Civil Veterinary Department. United Provinces 1932-42 - 1932-1942
Year: 1932
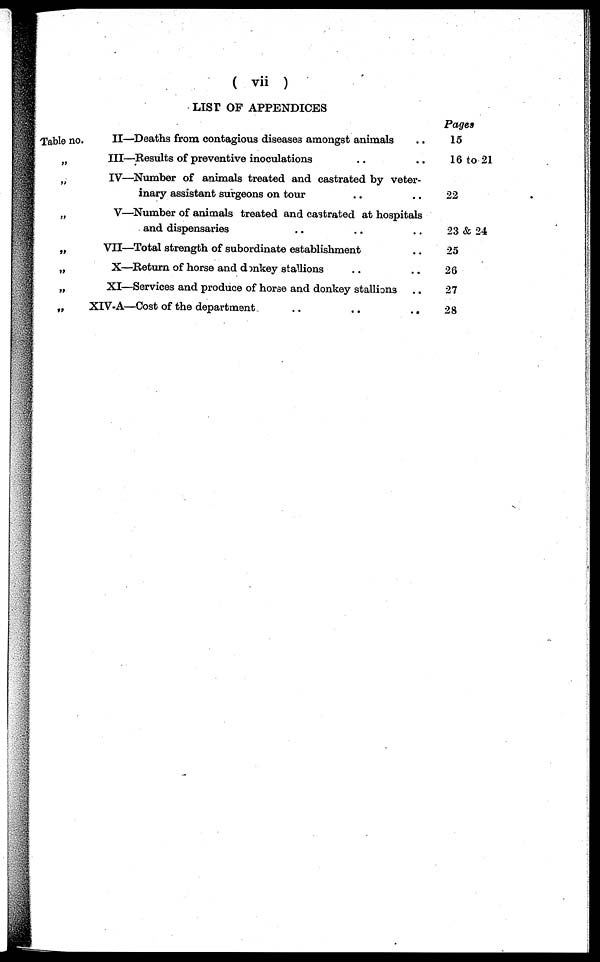
( vii )
LIST OF APPENDICES
Table no.
„
„
„
„
„
„
„
II—Deaths from contagious diseases amongst animals ..
III—Results of preventive inoculations .. ..
IV—Number of animals treated and castrated by veter-
inary assistant surgeons on tour .. ..
V—Number of animals treated and castrated at hospitals
and dispensaries .. .. ..
VII—Total strength of subordinate establishment ..
X—Return of horse and donkey stations .. ..
XI—Services and produce of horse and donkey stallions .. ..
XIV-A—Cost of the department .. .. ..
Pages
15
16 to 21
22
23 & 24
25
26
27
28